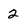
Character: 2